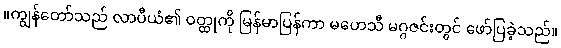
။ကျွန်တော်သည် လာပီယံ၏ ဝတ္ထုကို မြန်မာပြန်ကာ မဟေသီ မဂ္ဂဇင်းတွင် ဖော်ပြခဲ့သည်။